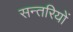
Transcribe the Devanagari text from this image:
सन्तरियों